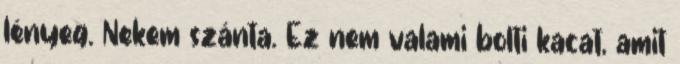
lényeg. Nekem szánta. Ez nem valami bolti kacat, amit